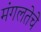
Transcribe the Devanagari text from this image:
मंगलतेचे